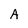
Character: A